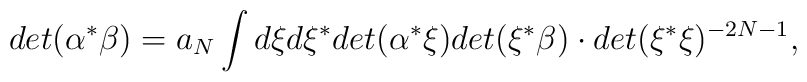
det(\alpha^* \beta) = a_N \int d\xi d\xi^* det(\alpha^*\xi)det(\xi^*\beta) \cdot det(\xi^* \xi)^{-2N-1},